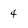
Character: 4